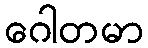
ဂေါတမာ